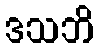
ဒသဘိ